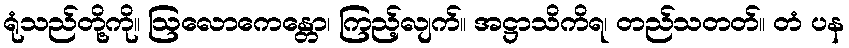
ရုံသည်တို့ကို။ ဩလောကေန္တော၊ ကြည့်လျက်။ အဋ္ဌာသိကိရ၊ တည်သတတ်။ တံ ပန